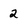
Character: 2